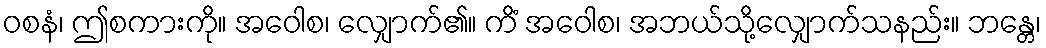
ဝစနံ၊ ဤစကားကို။ အဝေါစ၊ လျှောက်၏။ ကိံ အဝေါစ၊ အဘယ်သို့လျှောက်သနည်း။ ဘန္တေ၊